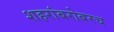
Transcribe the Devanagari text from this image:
शहरांबरोबरच